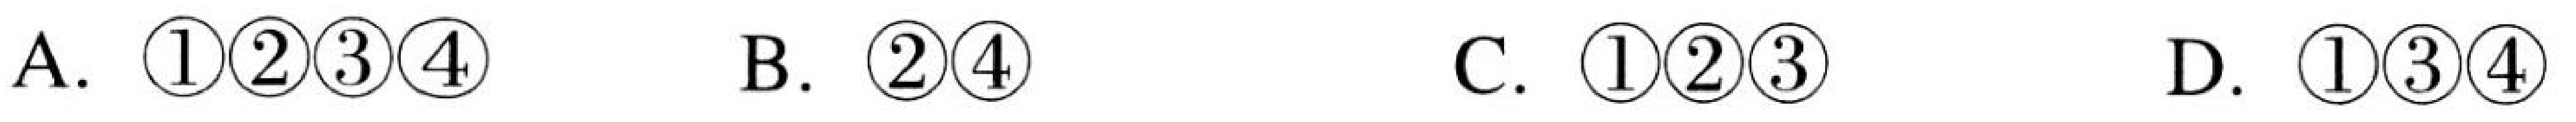
A. \(\textcircled{1}\textcircled{2}\textcircled{3}\textcircled{4}\)  B. \(\textcircled{2}\textcircled{4}\)  C. \(\textcircled{1}\textcircled{2}\textcircled{3}\)  D. \(\textcircled{1}\textcircled{3}\textcircled{4}\)